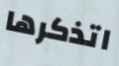
اتذكرها